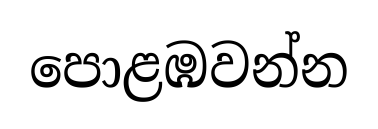
පොළඹවන්න